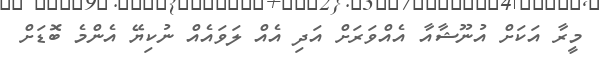
މީރާ އަކަށް އުނޫޝާއާ އެއްވަރަށް އަދި އެއް ލަވައެއް ނުކިޔޭ އެންމެ ބޮޑަށް